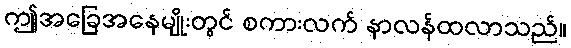
ဤအခြေအနေမျိုးတွင် စကားလက် နာလန်ထလာသည်။